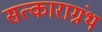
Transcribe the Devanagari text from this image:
सत्काराग्रंथ